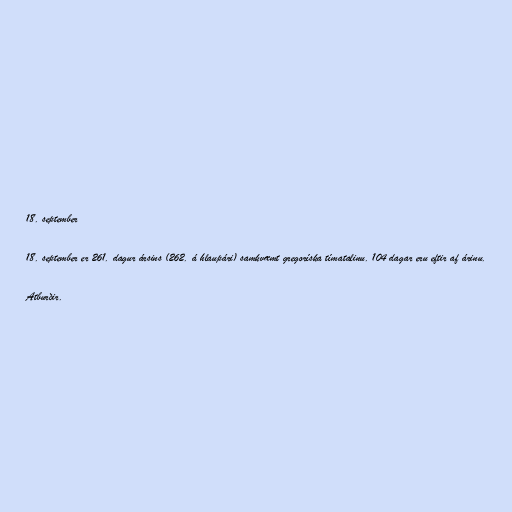
18. september

18. september er 261. dagur ársins (262. á hlaupári) samkvæmt gregoríska tímatalinu. 104 dagar eru eftir af árinu.

Atburðir.